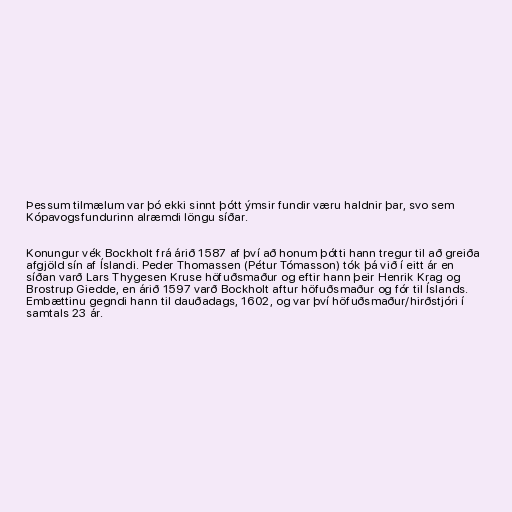
Þessum tilmælum var þó ekki sinnt þótt ýmsir fundir væru haldnir þar, svo sem
Kópavogsfundurinn alræmdi löngu síðar.

Konungur vék Bockholt frá árið 1587 af því að honum þótti hann tregur til að greiða
afgjöld sín af Íslandi. Peder Thomassen (Pétur Tómasson) tók þá við í eitt ár en
síðan varð Lars Thygesen Kruse höfuðsmaður og eftir hann þeir Henrik Krag og
Brostrup Giedde, en árið 1597 varð Bockholt aftur höfuðsmaður og fór til Íslands.
Embættinu gegndi hann til dauðadags, 1602, og var því höfuðsmaður/hirðstjóri í
samtals 23 ár.